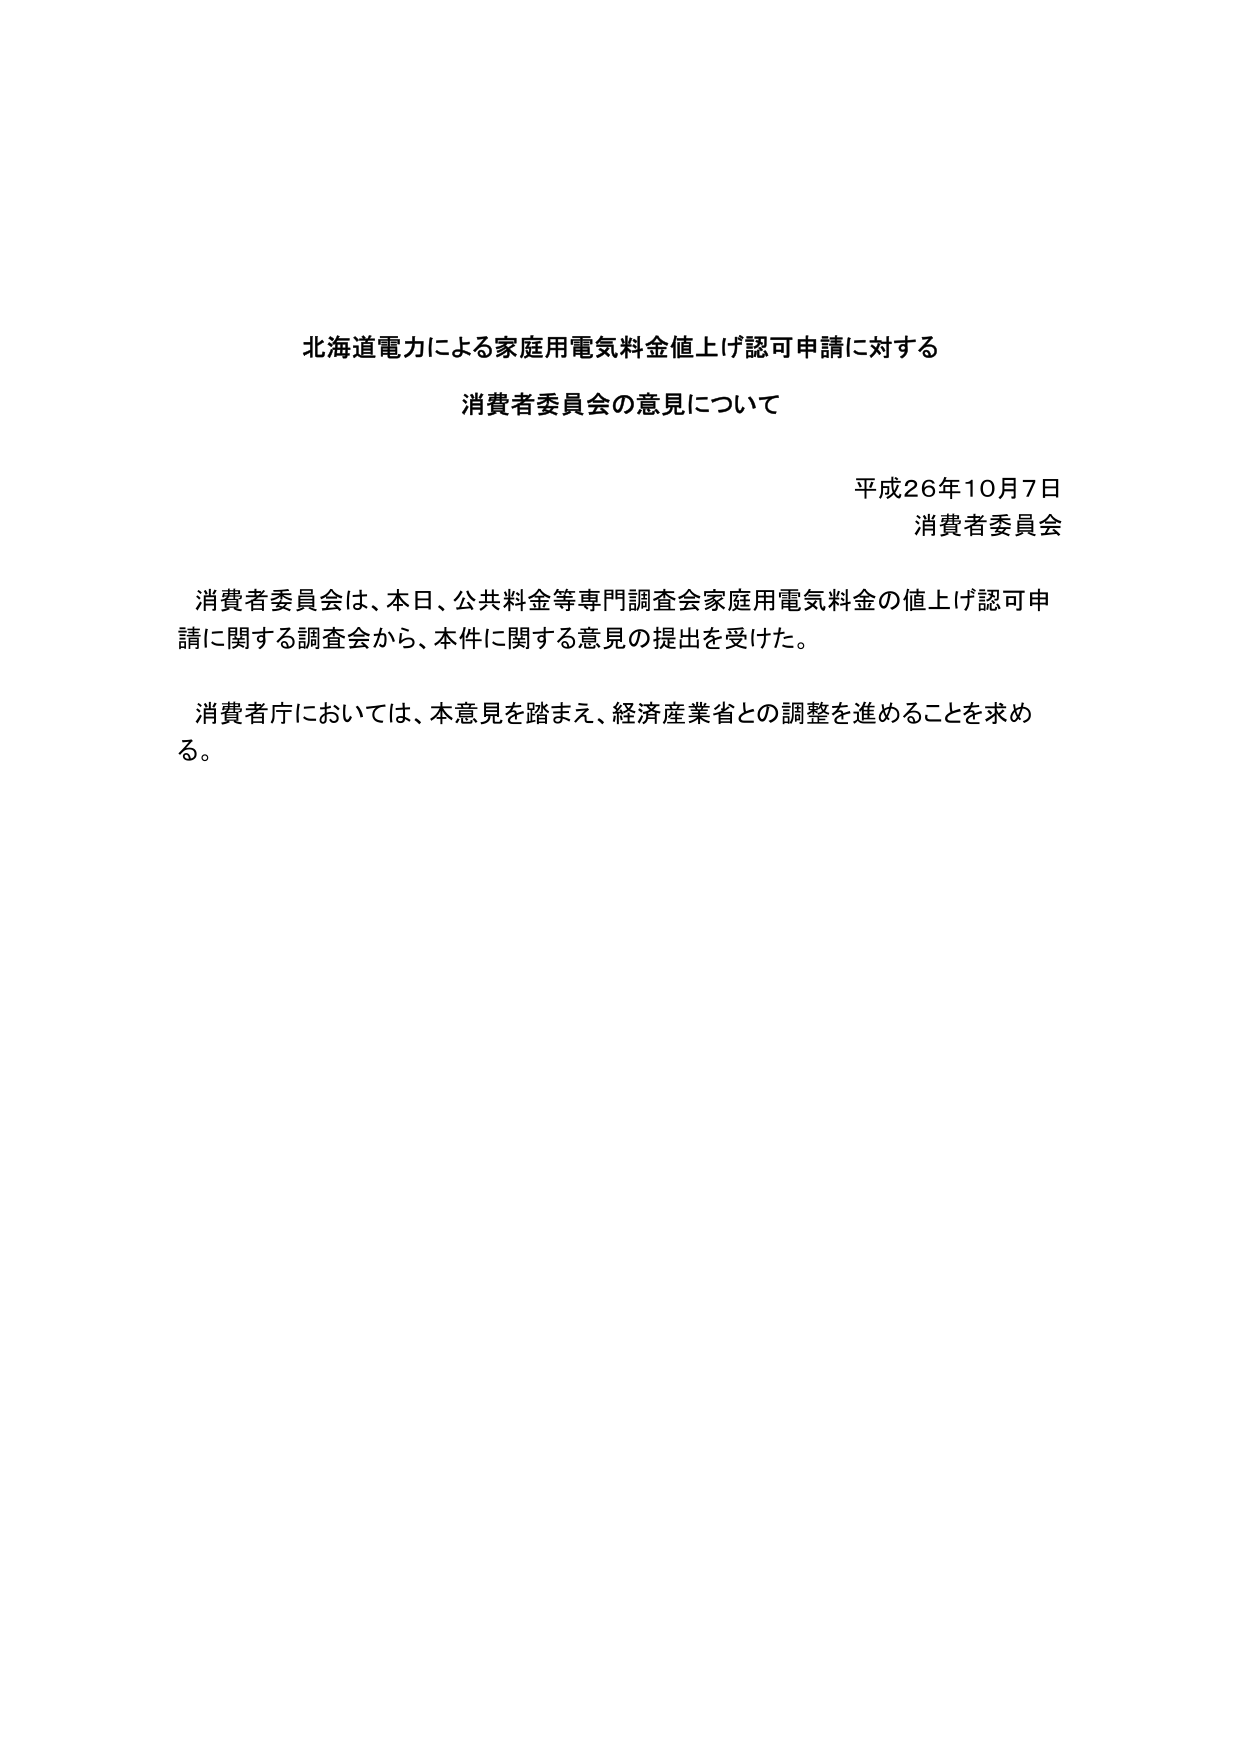
北海道電力による家庭用電気料金値上げ認可申請に対する
消費者委員会の意見について

平成26年10月7日
消費者委員会

消費者委員会は、本日、公共料金等専門調査会家庭用電気料金の値上げ認可申請に関する調査会から、本件に関する意見の提出を受けた。

消費者庁においては、本意見を踏まえ、経済産業省との調整を進めることを求める。